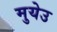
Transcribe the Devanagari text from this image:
मुयेउ